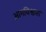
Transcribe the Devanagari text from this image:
आमविश्वास